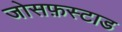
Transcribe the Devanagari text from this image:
जोसफ़स्टाड